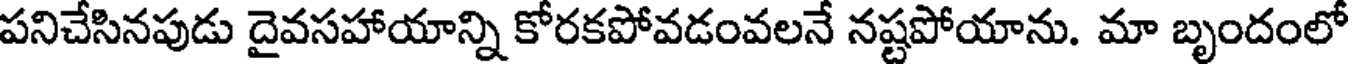
పనిచేసినపుడు దైవసహాయాన్ని కోరకపోవడంవలనే నష్టపోయాను. మా బృందంలో